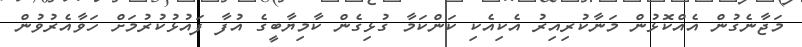
މަޖާނެގުން އެއްކޮޅުން މަނާކުރިއިރު އެކިއެކި ކަންކަމާ ގުޅިގެން ކާމިޔާބީގެ އުފާ ފައުޅުކުރުމަށް ހަވާއެރުވުން